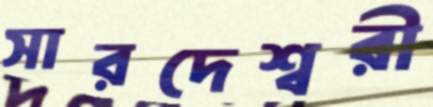
সারদেশ্বরী